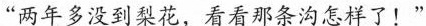
“两年多没到梨花，看看那条沟怎样了！”